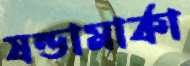
ষন্ডামার্কা